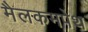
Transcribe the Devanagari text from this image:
मैलकमपेथ